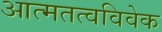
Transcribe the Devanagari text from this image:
आत्मतत्वविवेक